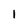
Character: 1